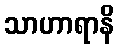
သာဟာရာနိ